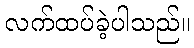
လက်ထပ်ခဲ့ပါသည်။